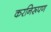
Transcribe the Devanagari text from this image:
करनिरूपण